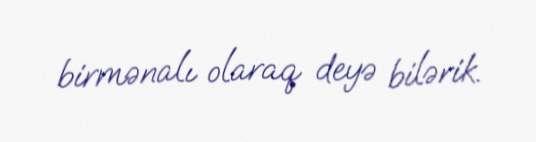
birmənalı olaraq deyə bilərik.